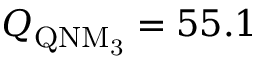
Q _ { \mathrm { Q N M _ { 3 } } } = 5 5 . 1